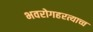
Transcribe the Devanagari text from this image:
भवरोगहरत्याच्च